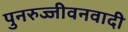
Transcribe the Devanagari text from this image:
पुनरुज्जीवनवादी